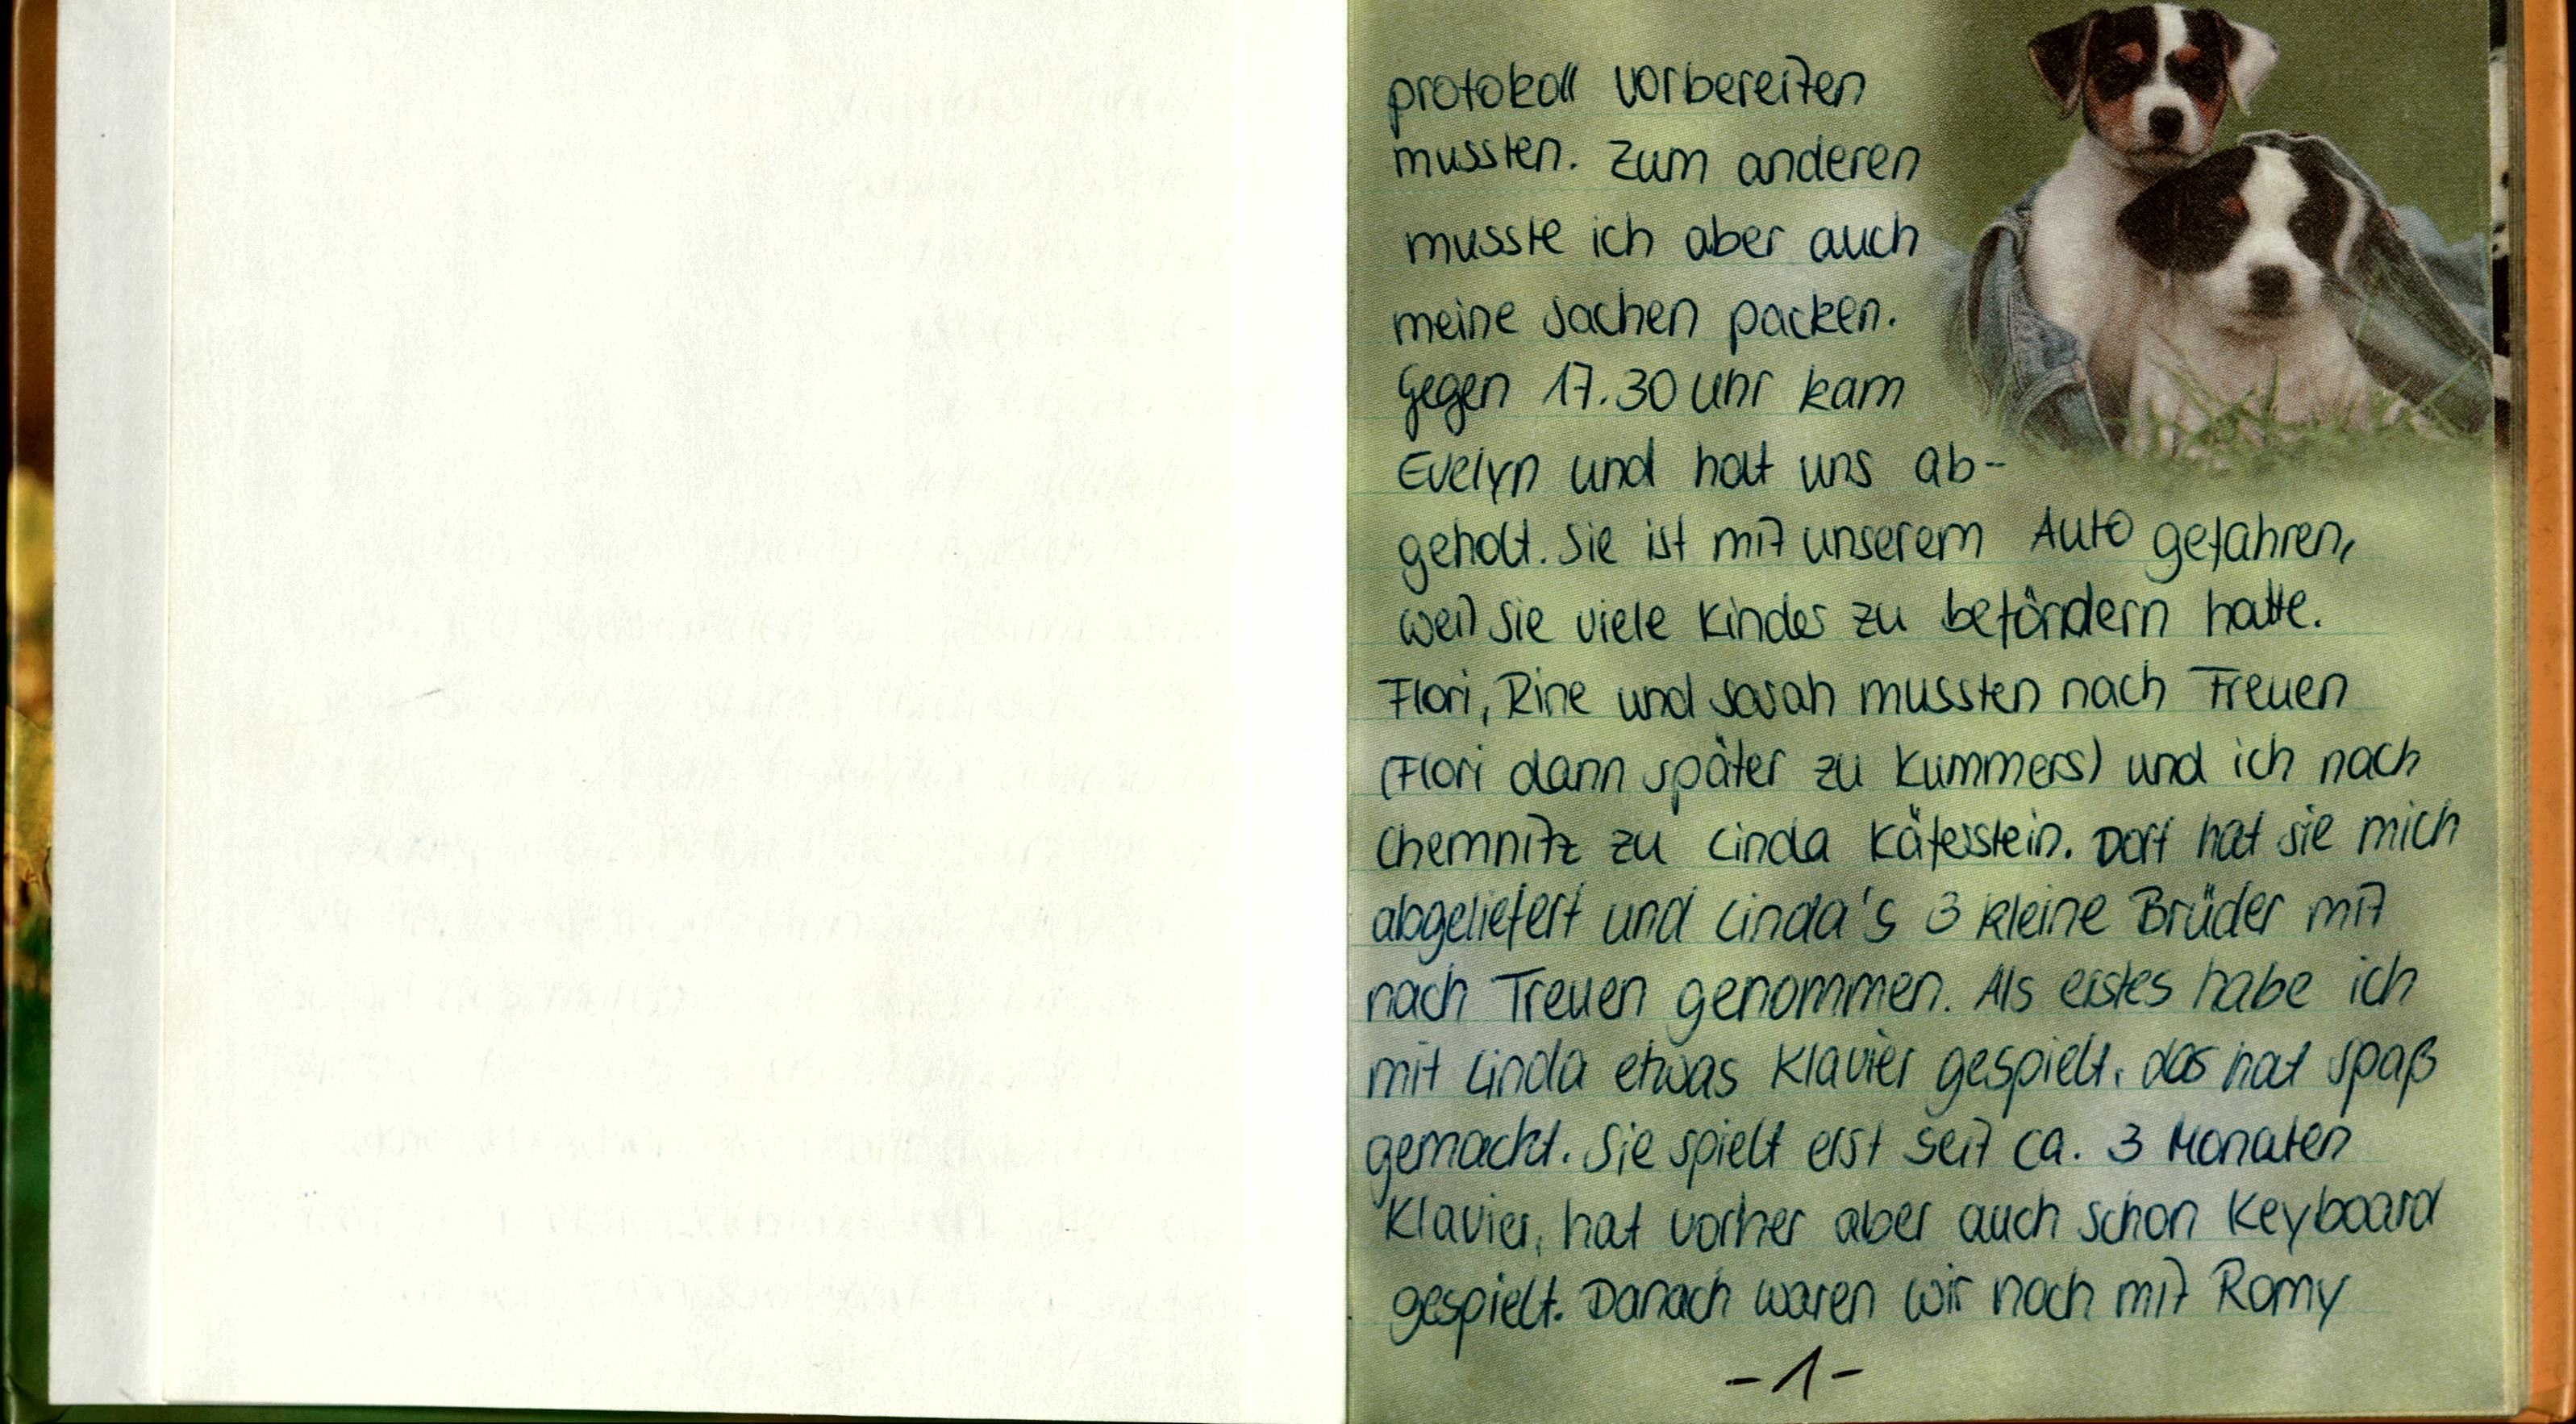
protokoll vorbereiten
mussten. Zum anderem
musste ich aber auch
meine Sachen packen.
Gegen 17.30 Uhr kam
Evelyn und hat uns ab-
geholt. Sie ist mit unserem Auto gefahren,
weil sie viele Kinder zu befördern hatte.
Flori, Rine und Sarah mussten nach Treuen
(Flori dann später zu Kummers) und ich nach
Chemnitz zu Linda Käferstein. Dort hat sie mich
abgeliefert und Linda's 3 kleine Brüder mit
nach Treuen genommen. Als erstes habe ich
mit Linda etwas Klavier gespielt, das hat Spaß
gemacht. Sie spielt erst seit ca. 3 Monaten
Klavier, hat vorher aber auch schon Keyboard
gespielt. Danach waren wir noch mit Romy